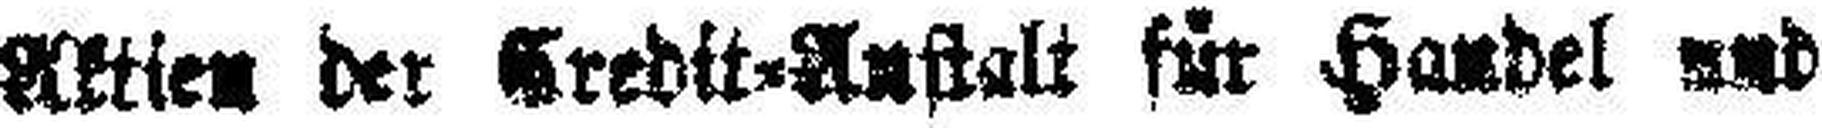
Aktien der Gredit=Anstalt für Handel und